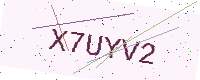
Text: X7UYV2